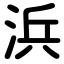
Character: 浜